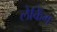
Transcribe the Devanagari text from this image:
लेकिंग